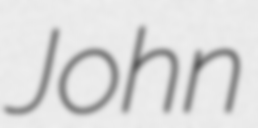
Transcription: John